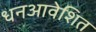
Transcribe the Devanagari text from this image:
धनआवेशित